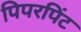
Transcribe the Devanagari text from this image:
पिपरपिंट